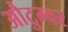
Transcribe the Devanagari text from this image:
औटुम्वर